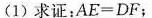
(1)求证：$$A E = D F$$；